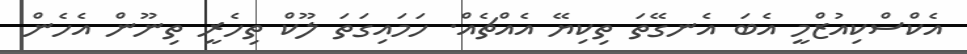
އެކްސްކިއުޒްމީ އެބަ އެނގޭތަ ތިކިޔޭ އެއްޗެއް. ހަމައިގަތަ ލޫކް ތިހެރީ ތިނޫން އެހެން